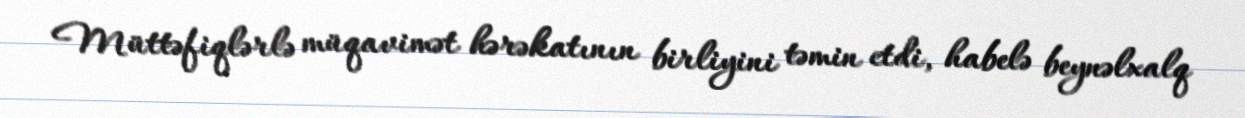
Müttəfiqlərlə müqavimət hərəkatının birliyini təmin etdi, habelə beynəlxalq